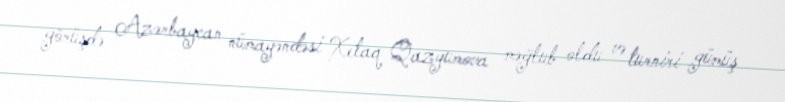
görüşdə Azərbaycan nümayəndəsi Xetaq Qazyumova məğlub oldu və turniri gümüş